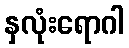
နှလုံးရောဂါ